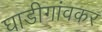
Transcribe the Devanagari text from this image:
घाडीगांवकर